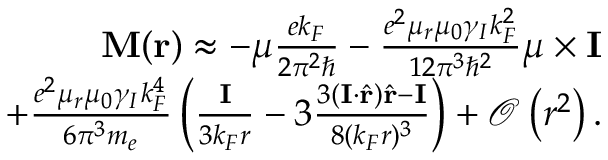
\begin{array} { r } { \mathbf { M } ( \mathbf { r } ) \approx - \boldsymbol { \mu } \frac { e k _ { F } } { 2 \pi ^ { 2 } \hbar } - \frac { e ^ { 2 } \mu _ { r } \mu _ { 0 } \gamma _ { I } k _ { F } ^ { 2 } } { 1 2 \pi ^ { 3 } \hbar ^ { 2 } } \boldsymbol { \mu } \times \mathbf { I } } \\ { + \frac { e ^ { 2 } \mu _ { r } \mu _ { 0 } \gamma _ { I } k _ { F } ^ { 4 } } { 6 \pi ^ { 3 } m _ { e } } \left( \frac { \mathbf { I } } { 3 k _ { F } r } - 3 \frac { 3 ( \mathbf { I } \cdot \hat { \mathbf { r } } ) \hat { \mathbf { r } } - \mathbf { I } } { 8 ( k _ { F } r ) ^ { 3 } } \right) + \mathcal { O } \left( r ^ { 2 } \right) . } \end{array}